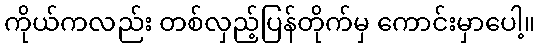
ကိုယ်ကလည်း တစ်လှည့်ပြန်တိုက်မှ ကောင်းမှာပေါ့။